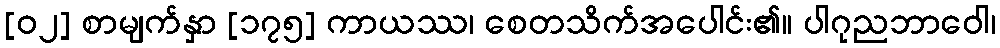
[၀၂] စာမျက်နှာ [၁၇၅] ကာယဿ၊ စေတသိက်အပေါင်း၏။ ပါဂုညဘာဝေါ၊